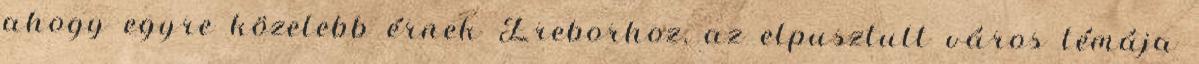
ahogy egyre közelebb érnek Ereborhoz, az elpusztult város témája